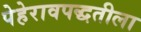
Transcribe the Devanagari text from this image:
पेहेरावपद्धतीला